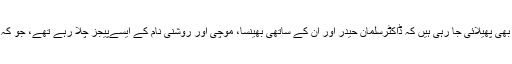
سوشل میڈیا پر ہی زیادہ تر مذہبی شدت پسندوں کی طرف سے یہ افواہیں بھی پھیلائی جا رہی ہیں کہ ڈاکٹرسلمان حیدر اور ان کے ساتھی بھینسا، موچی اور روشنی نام کے ایسےپیجز چلا رہے تھے، جو کہ اسلام اور افواج پاکستان کے خلاف بہت ہی بہودہ پروپگنڈہ کررہے تھے۔